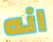
انه